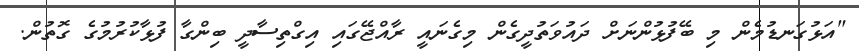
"އަޅުގަނޑުމެން މި ބޭފުޅުންނަށް ދައުވަތުދީގެން މިގެނައީ ރާއްޖޭގައި އިގްތިސާދީ ބިންގާ ފުޅާކުރުމުގެ ގޮތުން.